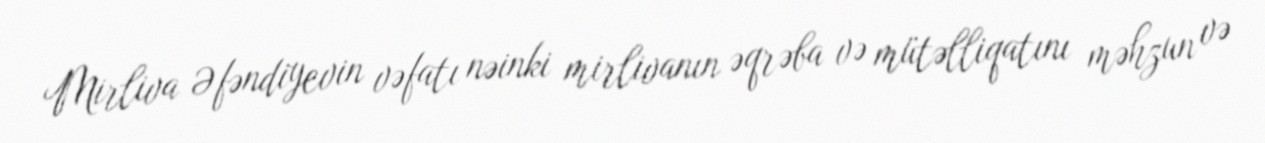
Mirliva Əfəndiyevin vəfatı nəinki mirlivanın əqrəba və mütəlliqatını məhzun və